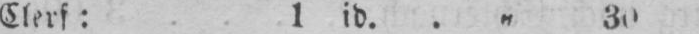
Clerf: l id. .„ 30